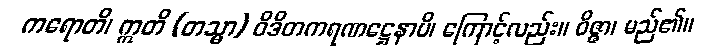
ကရောတိ၊ ဣတိ (တသ္မာ) ဝိဒိတကရဏဋ္ဌေနာပိ၊ ကြောင့်လည်း။ ဝိဇ္ဇာ၊ မည်၏။